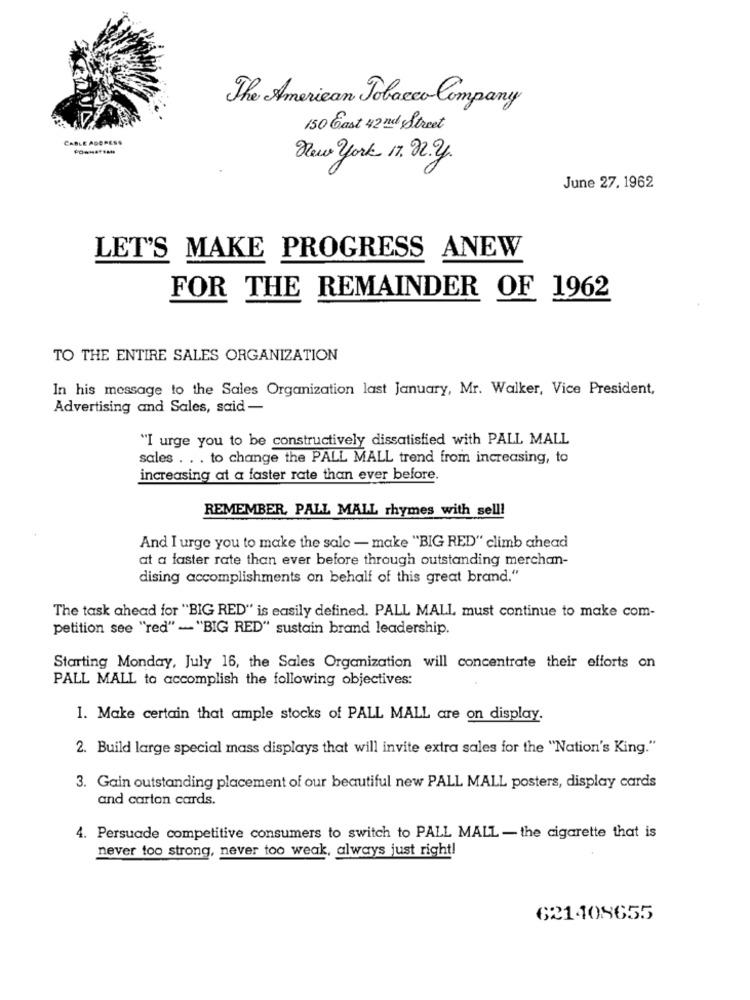
The American Tobacco Company
150 Cast 42 nd Street
CABLE ADORESS
New york 17. 22.2.
June 27. 1962
LET'S MAKE PROGRESS ANEW
FOR THE REMAINDER OF 1962
TO THE ENTIRE SALES ORGANIZATION
In his message to the Sales Organization last January, Mr. Walker, Vice President,
Advertising and Sales, said -
"I urge you to be constructively dissatisfied with PALL MALL
sales . . . to change the PALL MALL trend from increasing, to
increasing at a faster rate than ever before.
REMEMBER, PALL MALL rhymes with sell!
And I urge you to make the sale - make "BIG RED" climb ahead
at a faster rate than ever before through outstanding merchan-
dising accomplishments on behalf of this great brand."
The task ahead for "BIG RED" is easily defined. PALL MALL must continue to make com-
petition see "red" - "BIG RED" sustain brand leadership.
Starting Monday, July 16, the Sales Organization will concentrate their efforts on
PALL MALL to accomplish the following objectives:
1. Make certain that ample stocks of PALL MALL are on display.
2. Build large special mass displays that will invite extra sales for the "Nation's King."
3. Gain outstanding placement of our beautiful new PALL MALL posters, display cards
and carton cards.
4. Persuade competitive consumers to switch to PALL MALL - the cigarette that is
never too strong, never too weak, always just right!
621408655